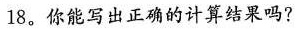
18。你能写出正确的计算结果吗？